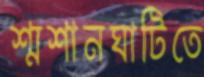
শ্মশানঘাটিতে